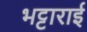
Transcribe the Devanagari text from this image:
भट्टाराई